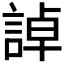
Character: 𧨳